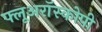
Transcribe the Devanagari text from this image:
फ्लूअरॉस्कोपी